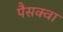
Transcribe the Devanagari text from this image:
पैसक्वा